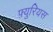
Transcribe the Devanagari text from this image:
फ़्युरियस